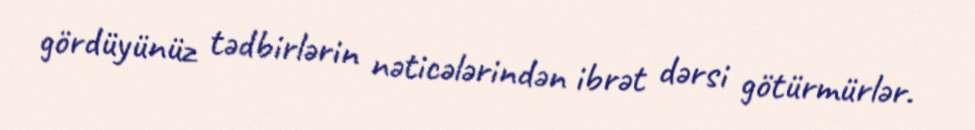
gördüyünüz tədbirlərin nəticələrindən ibrət dərsi götürmürlər.